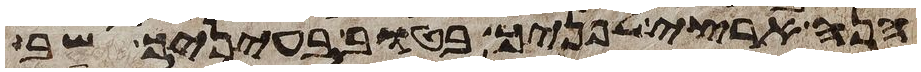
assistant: הנה ארצי לפניך בטוב בעיניך שב